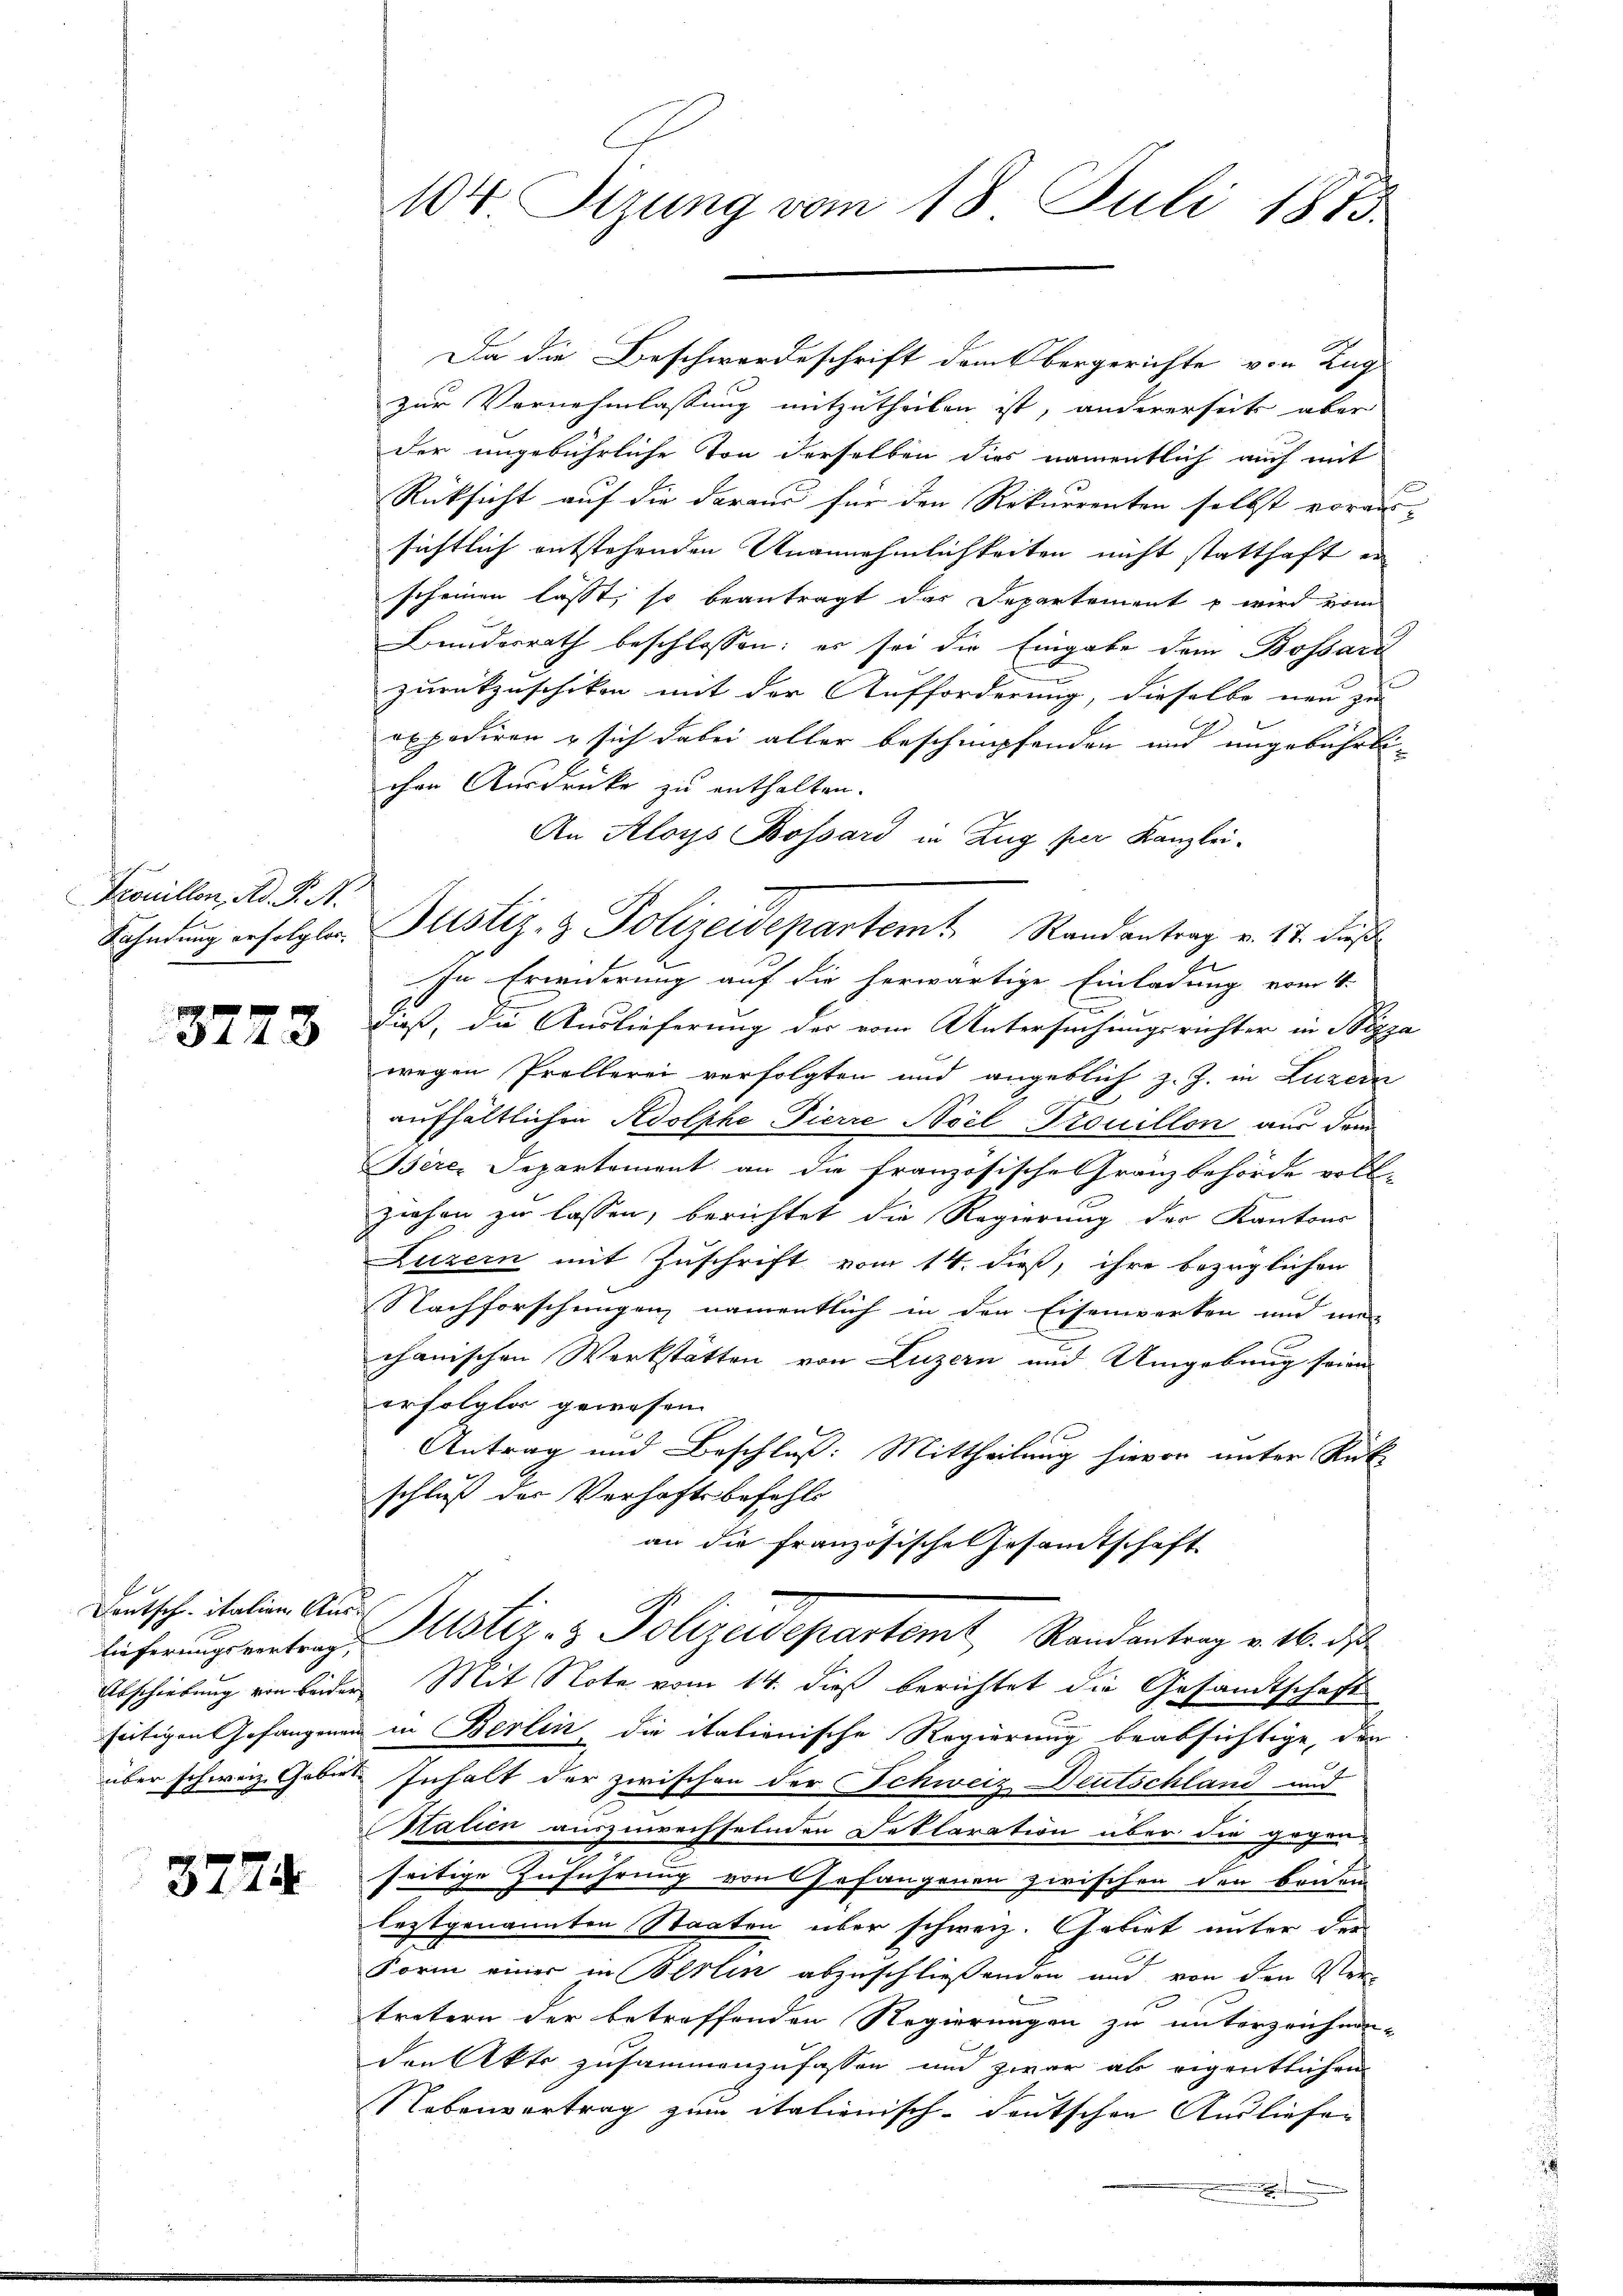
Trouillon, Ad. K. A.
Kahndung erfolglos¬

.
344

Deutsch italien Aus
lieferungsvertrag,
Abschiebung von beider
über schweiz. Gebirt.

3774

104 Sizung vom 18. Juli 1873.

Da die Beschwerdeschrift dem Obergerichte von Zug
zur Vernehmlassung mitzutheilen ist, andererseits aber
der ungebührliche Ton derselben dies namentlich auch mit
Rücksicht auf die daraus für den Rekurrenten selbst voraus-
sichtlich entstehenden Unannehmlichkeiten nicht statthaft er
scheinen lässt, so beantragt das Departement u wird vom
Bundesrath beschlossen: es sei die Eingabe dem Bossari
zurückzuschiken mit der Aufforderung, dieselbe neu zu |
axpodiren u sich dabei aller beschimpfenden und ungebührli-
chen Ausdrücke zu enthalten.
An Aloys Bossard in Zug per Kanzlei-
Justiz- & Polizeidepartem Randantrag v. 17. daß
In Erwiderung auf die herwärtige Einladung vom 4.
dieß, die Auslieferung der vom Untersuchungsrichter in Pizza
wegen Prollerei verfolgten und angeblich z. J. in Luzern
aufhältlichen Adolphe, Tierre Scil-Trouillon aus dem
Berez Separtement an die französische Gränzbehörde voll-
ziehen zu lassen, berichtet die Regierung der Kantons
Luzern mit Zuschrift vom 14. dieß, ihre bezüglichen
Nachforschungen namentlich in den Eisenwerken und me
chanischen Werkstätten von Luzern und Umgebung seien
erfolglos gewesen.
Antrag und Beschluß: Mittheilung hievon unter Rück-
schluß der Verhaftsbefehls
an die französische Gesamtschaft
Justiz- & Polizeidepartemt Randantrag v. 16. ds
Mit Note vom 14. dieß berichtet die Gesandtschaft
seitigen Gefangenen in Berlin, die italionische Regierung beabsichtige, den
Inhalt der zwischen der Schweiz Deutschland und
2
Station auszuwechselnden Deklaration über die gegen-
seitige Zuführung von Gefangenen zwischen den beiden
leztgenannten Staaten über schweiz. Gebiet unter der
Form einer in Berlin abzuschließenden und von den Ver-
tretern der betreffenden Regierungen zu untergrechnen-
den Akte zusammenzufassen und zwar ab eigentlichen
Nebenvertrag zum italienisch-deutschen Ausliefen
.